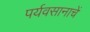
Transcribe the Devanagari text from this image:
पर्यवसानाचें